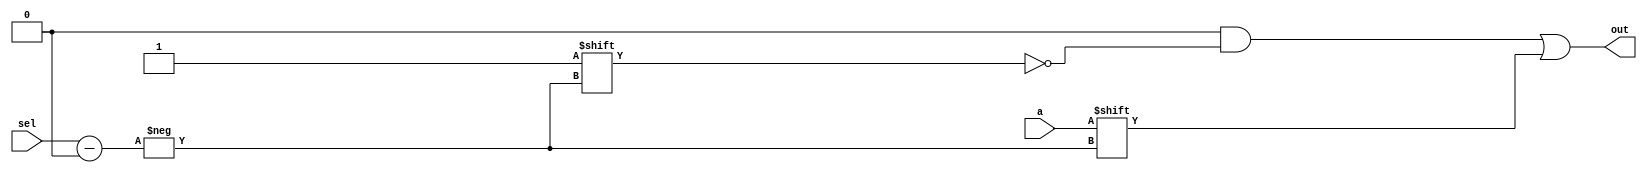
module oneto8demux(a,sel,out);
 input a;
 input [2:0]sel;
 output reg [7:0]out;
 
 always@(a or sel) 
 begin
  out = 8'b00000000;
  out[sel] = a;
 end

endmodule